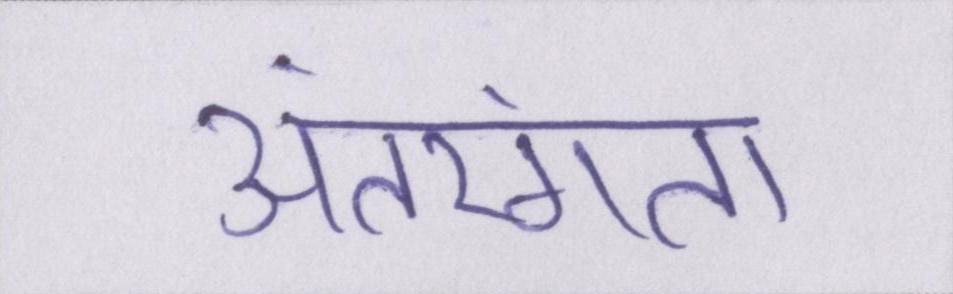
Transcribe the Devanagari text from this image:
अंतरंगता